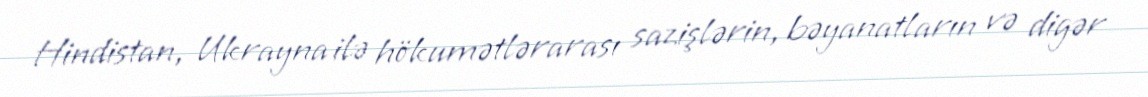
Hindistan, Ukrayna ilə hökumətlərarası sazişlərin, bəyanatların və digər